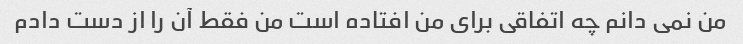
من نمی دانم چه اتفاقی برای من افتاده است من فقط آن را از دست دادم